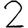
Digit: 2